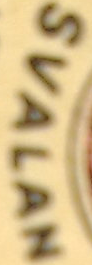
SVALAN